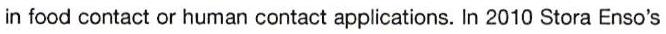
in food contact or human contact applications. In 2010 Stora Enso's